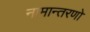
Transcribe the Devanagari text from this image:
नामान्तरणो